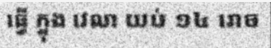
ធ្វើ ក្នុង វេលា យប់ ១៤ រោច